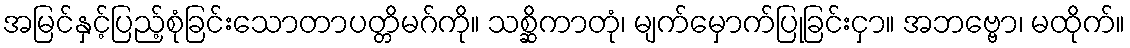
အမြင်နှင့်ပြည့်စုံခြင်းသောတာပတ္တိမဂ်ကို။ သစ္ဆိကာတုံ၊ မျက်မှောက်ပြုခြင်းငှာ။ အဘဗ္ဗော၊ မထိုက်။